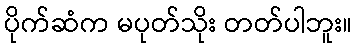
ပိုက်ဆံက မပုတ်သိုး တတ်ပါဘူး။